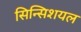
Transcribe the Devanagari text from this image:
सिन्सिशयल